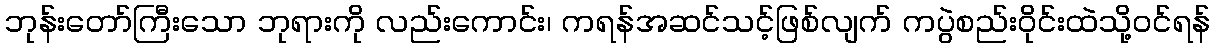
ဘုန်းတော်ကြီးသော ဘုရားကို လည်းကောင်း၊ ကရန်အဆင်သင့်ဖြစ်လျက် ကပွဲစည်းဝိုင်းထဲသို့ဝင်ရန်